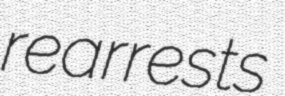
rearrests